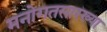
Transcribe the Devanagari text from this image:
मनोगतसारख्या